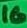
Text: 16